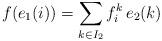
LaTeX: \begin{align*}f(e_1(i) )= \sum_{k \in I_2}f_i^k \, e_2(k)\end{align*}